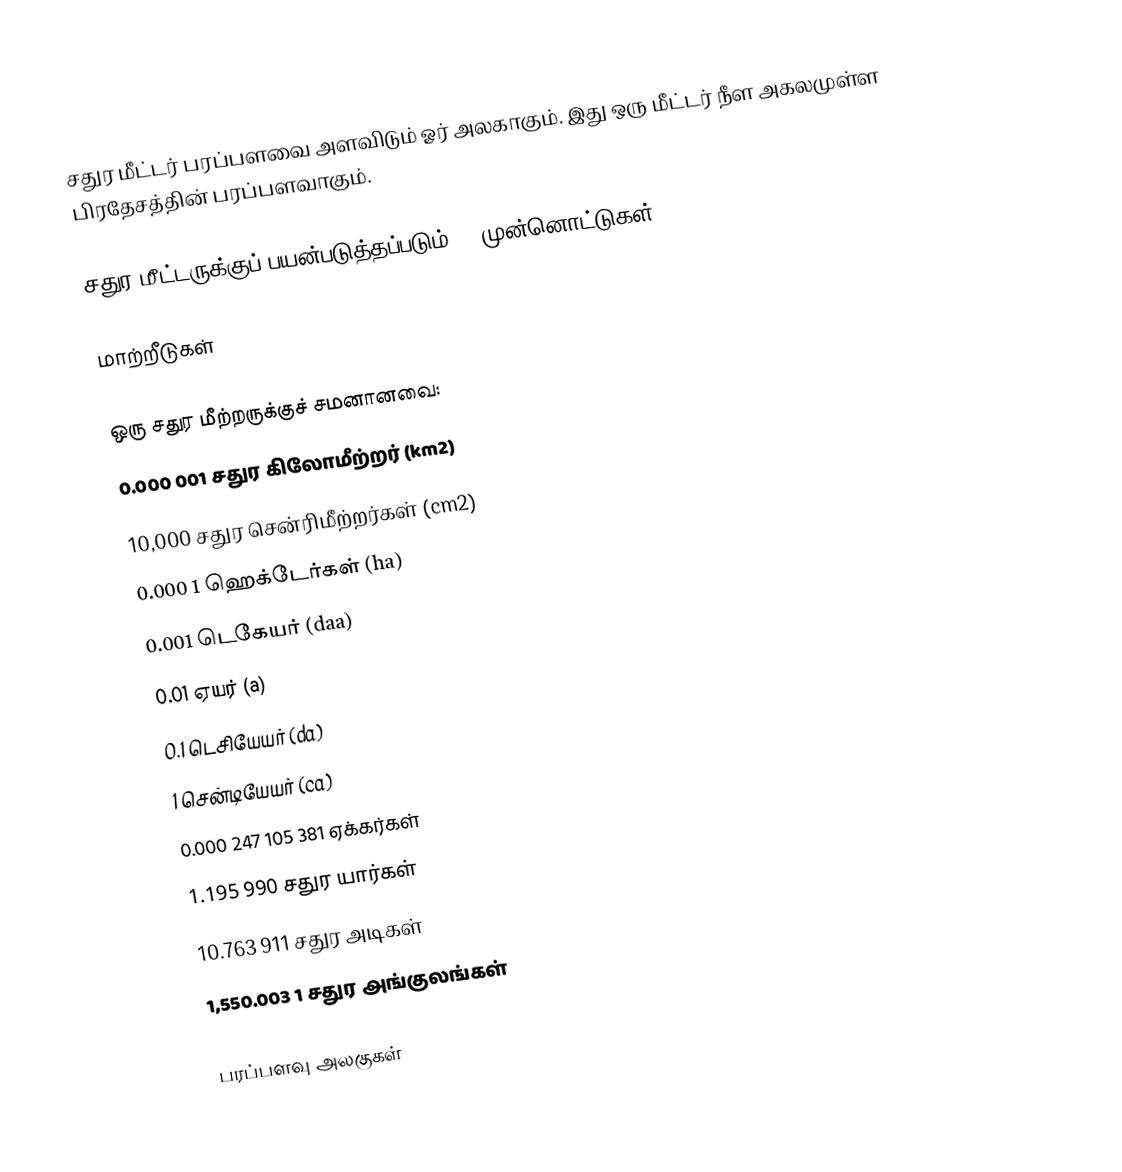
சதுர மீட்டர் பரப்பளவை அளவிடும் ஓர் அலகாகும். இது ஒரு மீட்டர் நீள அகலமுள்ள பிரதேசத்தின் பரப்பளவாகும்.

சதுர மீட்டருக்குப் பயன்படுத்தப்படும் SI முன்னொட்டுகள்

மாற்றீடுகள்

ஒரு சதுர மீற்றருக்குச் சமனானவை:
 0.000 001 சதுர கிலோமீற்றர் (km2)
 10,000 சதுர சென்ரிமீற்றர்கள் (cm2)
 0.000 1 ஹெக்டேர்கள் (ha)
 0.001 டெகேயர் (daa)
 0.01 ஏயர் (a)
 0.1 டெசியேயர் (da)
 1 சென்டியேயர் (ca)
 0.000 247 105 381 ஏக்கர்கள்
 1.195 990 சதுர யார்கள்
 10.763 911 சதுர அடிகள்
 1,550.003 1 சதுர அங்குலங்கள்

பரப்பளவு அலகுகள்